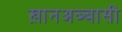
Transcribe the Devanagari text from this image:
ख़ानअब्बासी